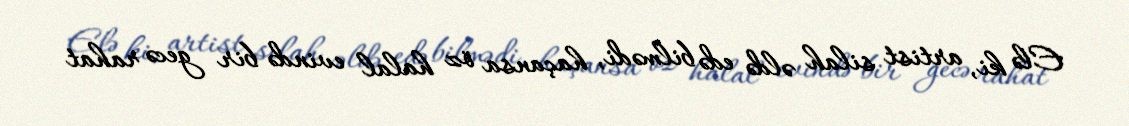
Elə ki, artist silah əldə edə bilmədi, haçansa öz halal evində bir gecə rahat